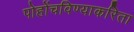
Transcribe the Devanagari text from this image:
पोहोंचविण्याकरिता